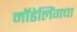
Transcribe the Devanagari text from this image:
मॉडेलिंगचा